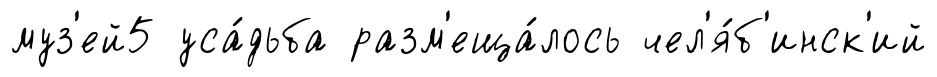
муз'ей5 уса́дьба разм'еща́лось чел'я́б'инск'ий